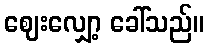
ဈေးလျှော့ ခေါ်သည်။